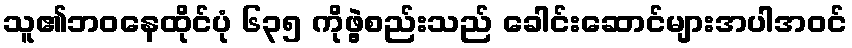
သူ၏ဘဝနေထိုင်ပုံ ၆၃၅ ကိုဖွဲ့စည်းသည် ခေါင်းဆောင်များအပါအဝင်